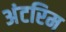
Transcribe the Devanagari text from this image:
अंटरिम